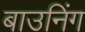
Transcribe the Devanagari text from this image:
बाउनिंग